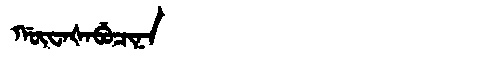
Manchu: ᡤᡡᠸᠠᡧᠠᠪᡠᠴᡳᠨᠠ
Romanization: GŪWAŠABUCINA